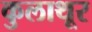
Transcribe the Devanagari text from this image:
कुलाथूर